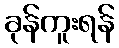
ခုန်ကူးရန်